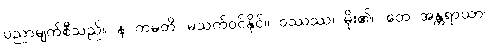
ပညာမျက်စီသည်။ န ကမတိ၊ မသက်ဝင်နိုင်။ ဝဿဿ၊ မိုး၏။ တေ အန္တရာယာ၊